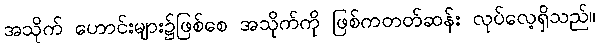
အသိုက် ဟောင်းများ၌ဖြစ်စေ အသိုက်ကို ဖြစ်ကတတ်ဆန်း လုပ်လေ့ရှိသည်။